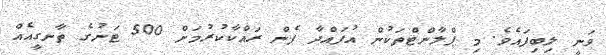
ވަނީ ލިބިފައެވެ. މި ޕްލާންޓްތަކުން އުފައްދާ ފެން ރައްކާކުރުމަށް 500 ޓަނުގެ ތާނގީއެއް